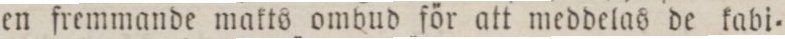
en fremmande makts ombud för att meddelas de kabi=